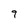
Character: 9